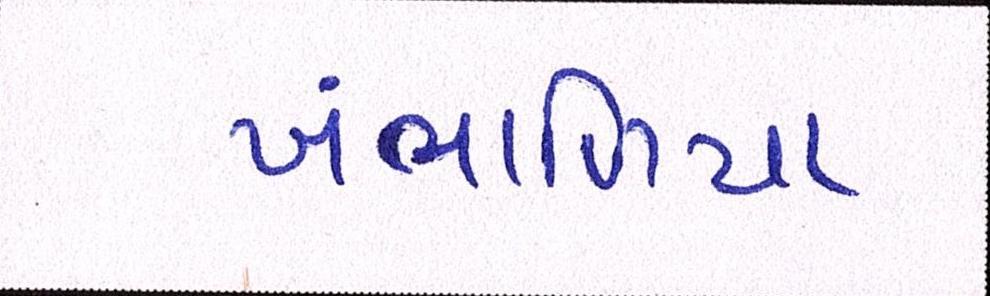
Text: ખંભાળિયા